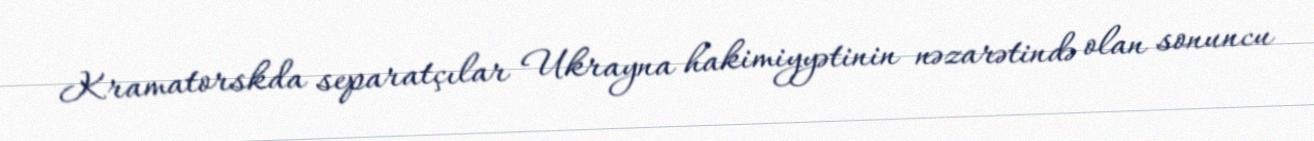
Kramatorskda separatçılar Ukrayna hakimiyyətinin nəzarətində olan sonuncu